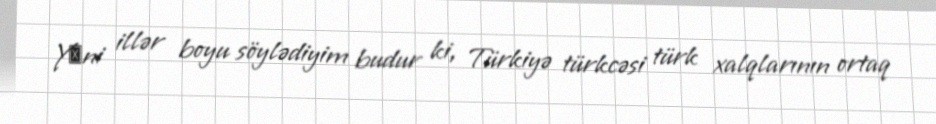
Yәni illər boyu söylədiyim budur ki, Türkiyə türkcəsi türk xalqlarının ortaq